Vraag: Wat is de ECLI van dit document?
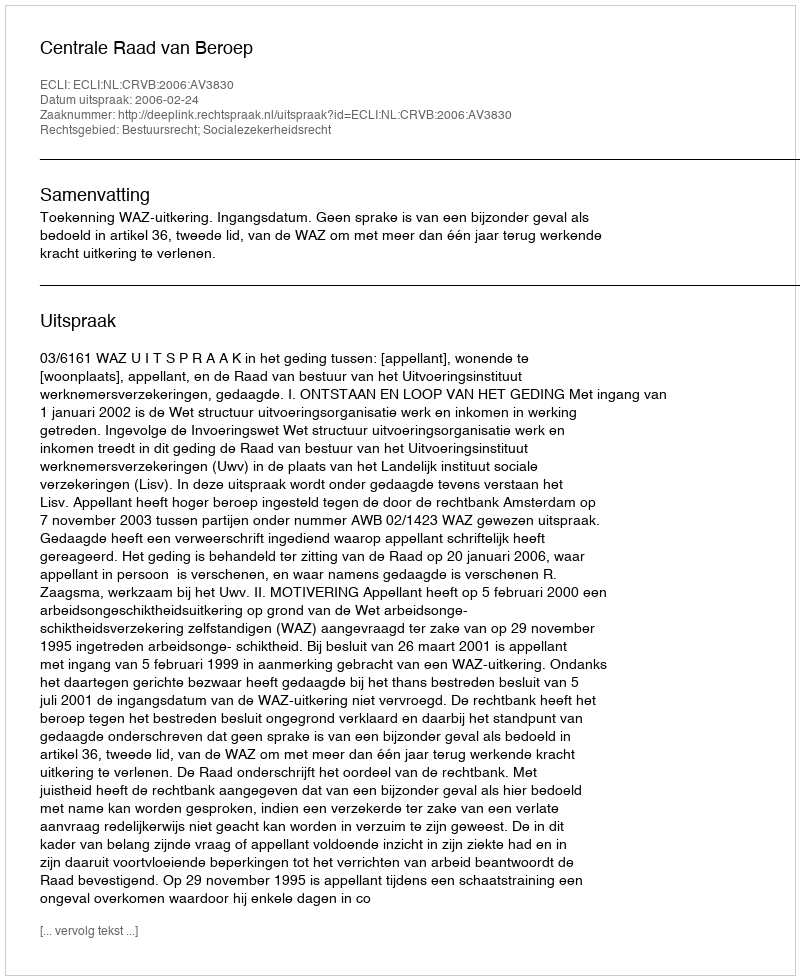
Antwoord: ECLI:NL:CRVB:2006:AV3830